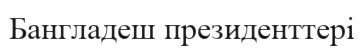
Бангладеш президенттері